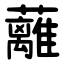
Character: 蘺